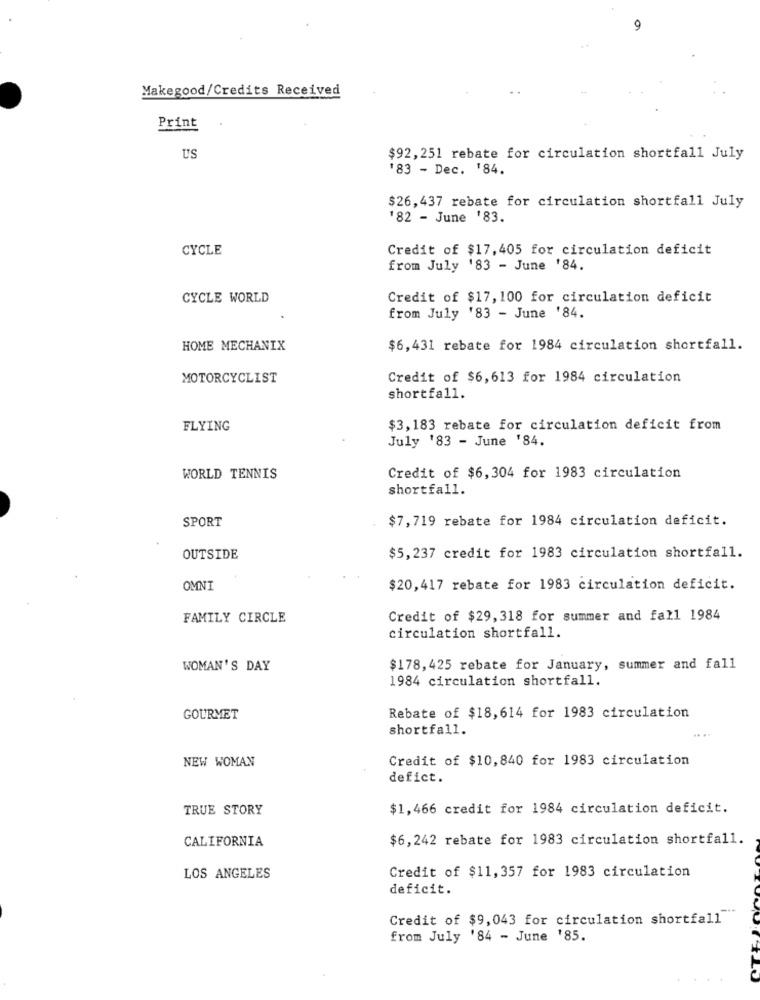
Makegood/Credits Received
Print
US
$92,251 rebate for circulation shortfall July
'83 - Dec. '84.
$26,437 rebate for circulation shortfall July
182 - June '83.
CYCLE
Credit of $17,405 for circulation deficit
from July '83 - June '84.
CYCLE WORLD
Credit of $17, 100 for circulation deficit
from July '83 - June '84.
HOME MECHANIX
$6,431 rebate for 1984 circulation shortfall.
MOTORCYCLIST
Credit of $6,613 for 1984 circulation
shortfall.
FLYING
$3,183 rebate for circulation deficit from
July '83 - June '84.
WORLD TENNIS
Credit of $6,304 for 1983 circulation
shortfall.
SPORT
$7, 719 rebate for 1984 circulation deficit.
OUTSIDE
$5,237 credit for 1983 circulation shortfall.
OMNI
$20,417 rebate for 1983 circulation deficit.
FAMILY CIRCLE
Credit of $29, 318 for summer and fall 1984
circulation shortfall.
WOMAN'S DAY
$178,425 rebate for January, summer and fall
1984 circulation shortfall.
GOURMET
Rebate of $18,614 for 1983 circulation
shortfall.
NEW WOMAN
Credit of $10,840 for 1983 circulation
defict.
TRUE STORY
$1,466 credit for 1984 circulation deficit.
CALIFORNIA
$6,242 rebate for 1983 circulation shortfall.
Credit of $11,357 for 1983 circulation
LOS ANGELES
deficit.
Credit of $9,043 for circulation shortfall
from July '84 - June '85.